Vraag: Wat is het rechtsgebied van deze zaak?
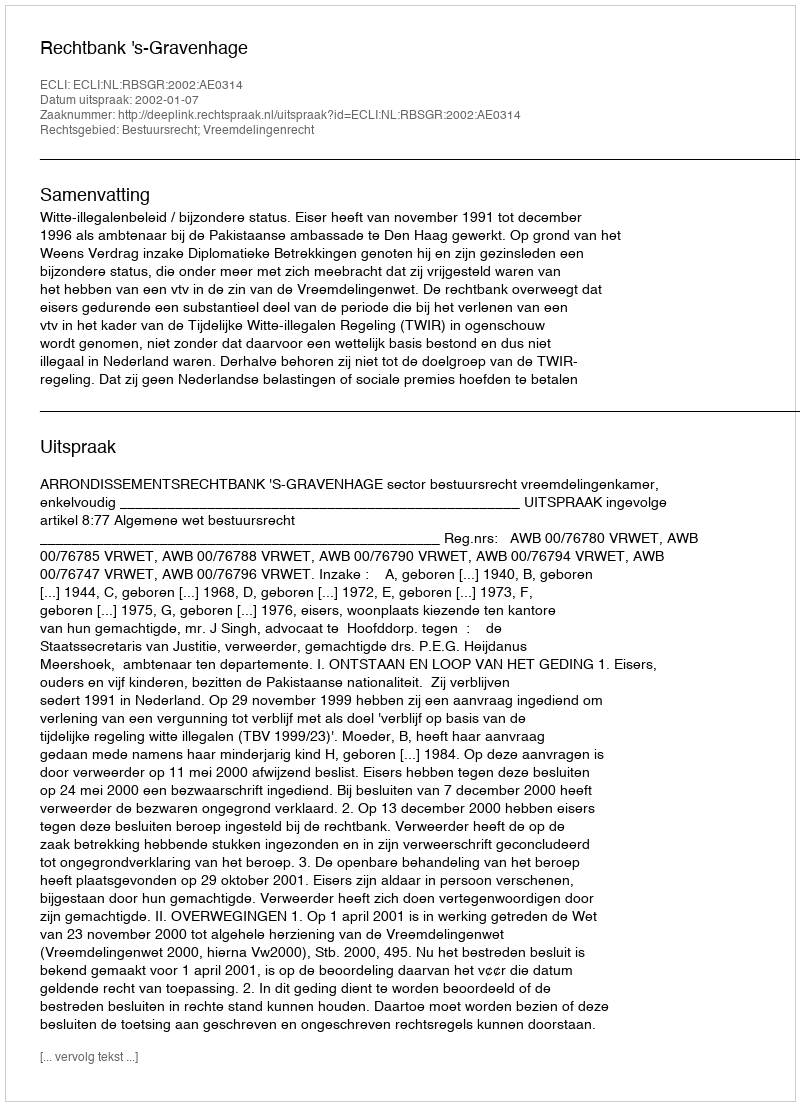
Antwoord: Bestuursrecht; Vreemdelingenrecht